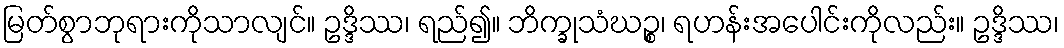
မြတ်စွာဘုရားကိုသာလျင်။ ဥဒ္ဒိဿ၊ ရည်၍။ ဘိက္ခုသံဃဉ္စ၊ ရဟန်းအပေါင်းကိုလည်း။ ဥဒ္ဒိဿ၊